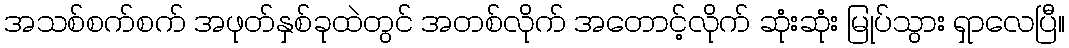
အသစ်စက်စက် အဖုတ်နှစ်ခုထဲတွင် အတစ်လိုက် အတောင့်လိုက် ဆုံးဆုံး မြုပ်သွား ရှာလေပြီ။